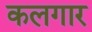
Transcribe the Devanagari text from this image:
कलगार